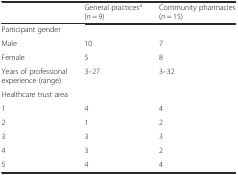
<table><thead><tr><td></td><td><b>General practices<sup>a</sup> (<i>n</i> = 9)</b></td><td><b>Community pharmacies (<i>n</i> = 15)</b></td></tr></thead><tbody><tr><td colspan="3">Participant gender</td></tr><tr><td>Male</td><td>10</td><td>7</td></tr><tr><td>Female</td><td>5</td><td>8</td></tr><tr><td>Years of professional experience (range)</td><td>3–27</td><td>3–32</td></tr><tr><td colspan="3">Healthcare trust area</td></tr><tr><td>1</td><td>4</td><td>4</td></tr><tr><td>2</td><td>1</td><td>2</td></tr><tr><td>3</td><td>3</td><td>3</td></tr><tr><td>4</td><td>3</td><td>2</td></tr><tr><td>5</td><td>4</td><td>4</td></tr></tbody></table>